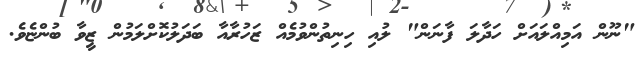
"ނޫން އަމިއްލައަށް ހަދާލަ ފާނަން" ލުއި ހިނިތުންވުމެއް ޒަހުރާއާ ބަދަލުކޮށްލަމުން ޒީވާ ބުންޏެވެ.